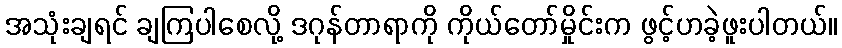
အသုံးချရင် ချကြပါစေလို့ ဒဂုန်တာရာကို ကိုယ်တော်မှိုင်းက ဖွင့်ဟခဲ့ဖူးပါတယ်။